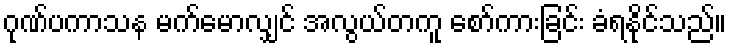
ဂုဏ်ပကာသန မက်မောလျှင် အလွယ်တကူ စော်ကားခြင်း ခံရနိုင်သည်။